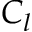
C _ { l }